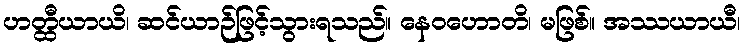
ဟတ္ထီယာယိ၊ ဆင်ယာဉ်ဖြင့်သွားရသည်။ နေဝဟောတိ၊ မဖြစ်။ အဿယာယီ၊